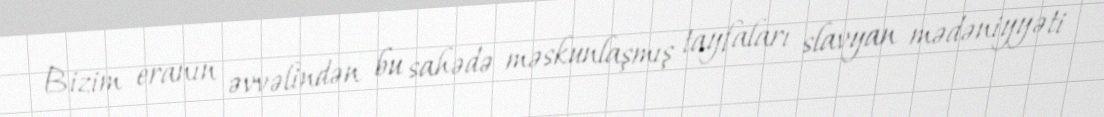
Bizim eranın əvvəlindən bu sahədə məskunlaşmış tayfaları slavyan mədəniyyəti